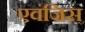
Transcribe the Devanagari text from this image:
एवंजिस